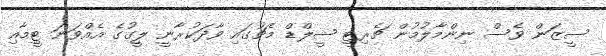
ސީޒަން ވެސް ނިންމާލުމުން ޗެރިޓީ ޝީލްޑް މެޗުގައި ވާދަކުރާނީ ލީގުގެ އެއްވަނަ ޓީމާއި